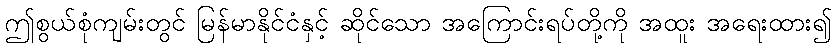
ဤစွယ်စုံကျမ်းတွင် မြန်မာနိုင်ငံနှင့် ဆိုင်သော အကြောင်းရပ်တို့ကို အထူး အရေးထား၍